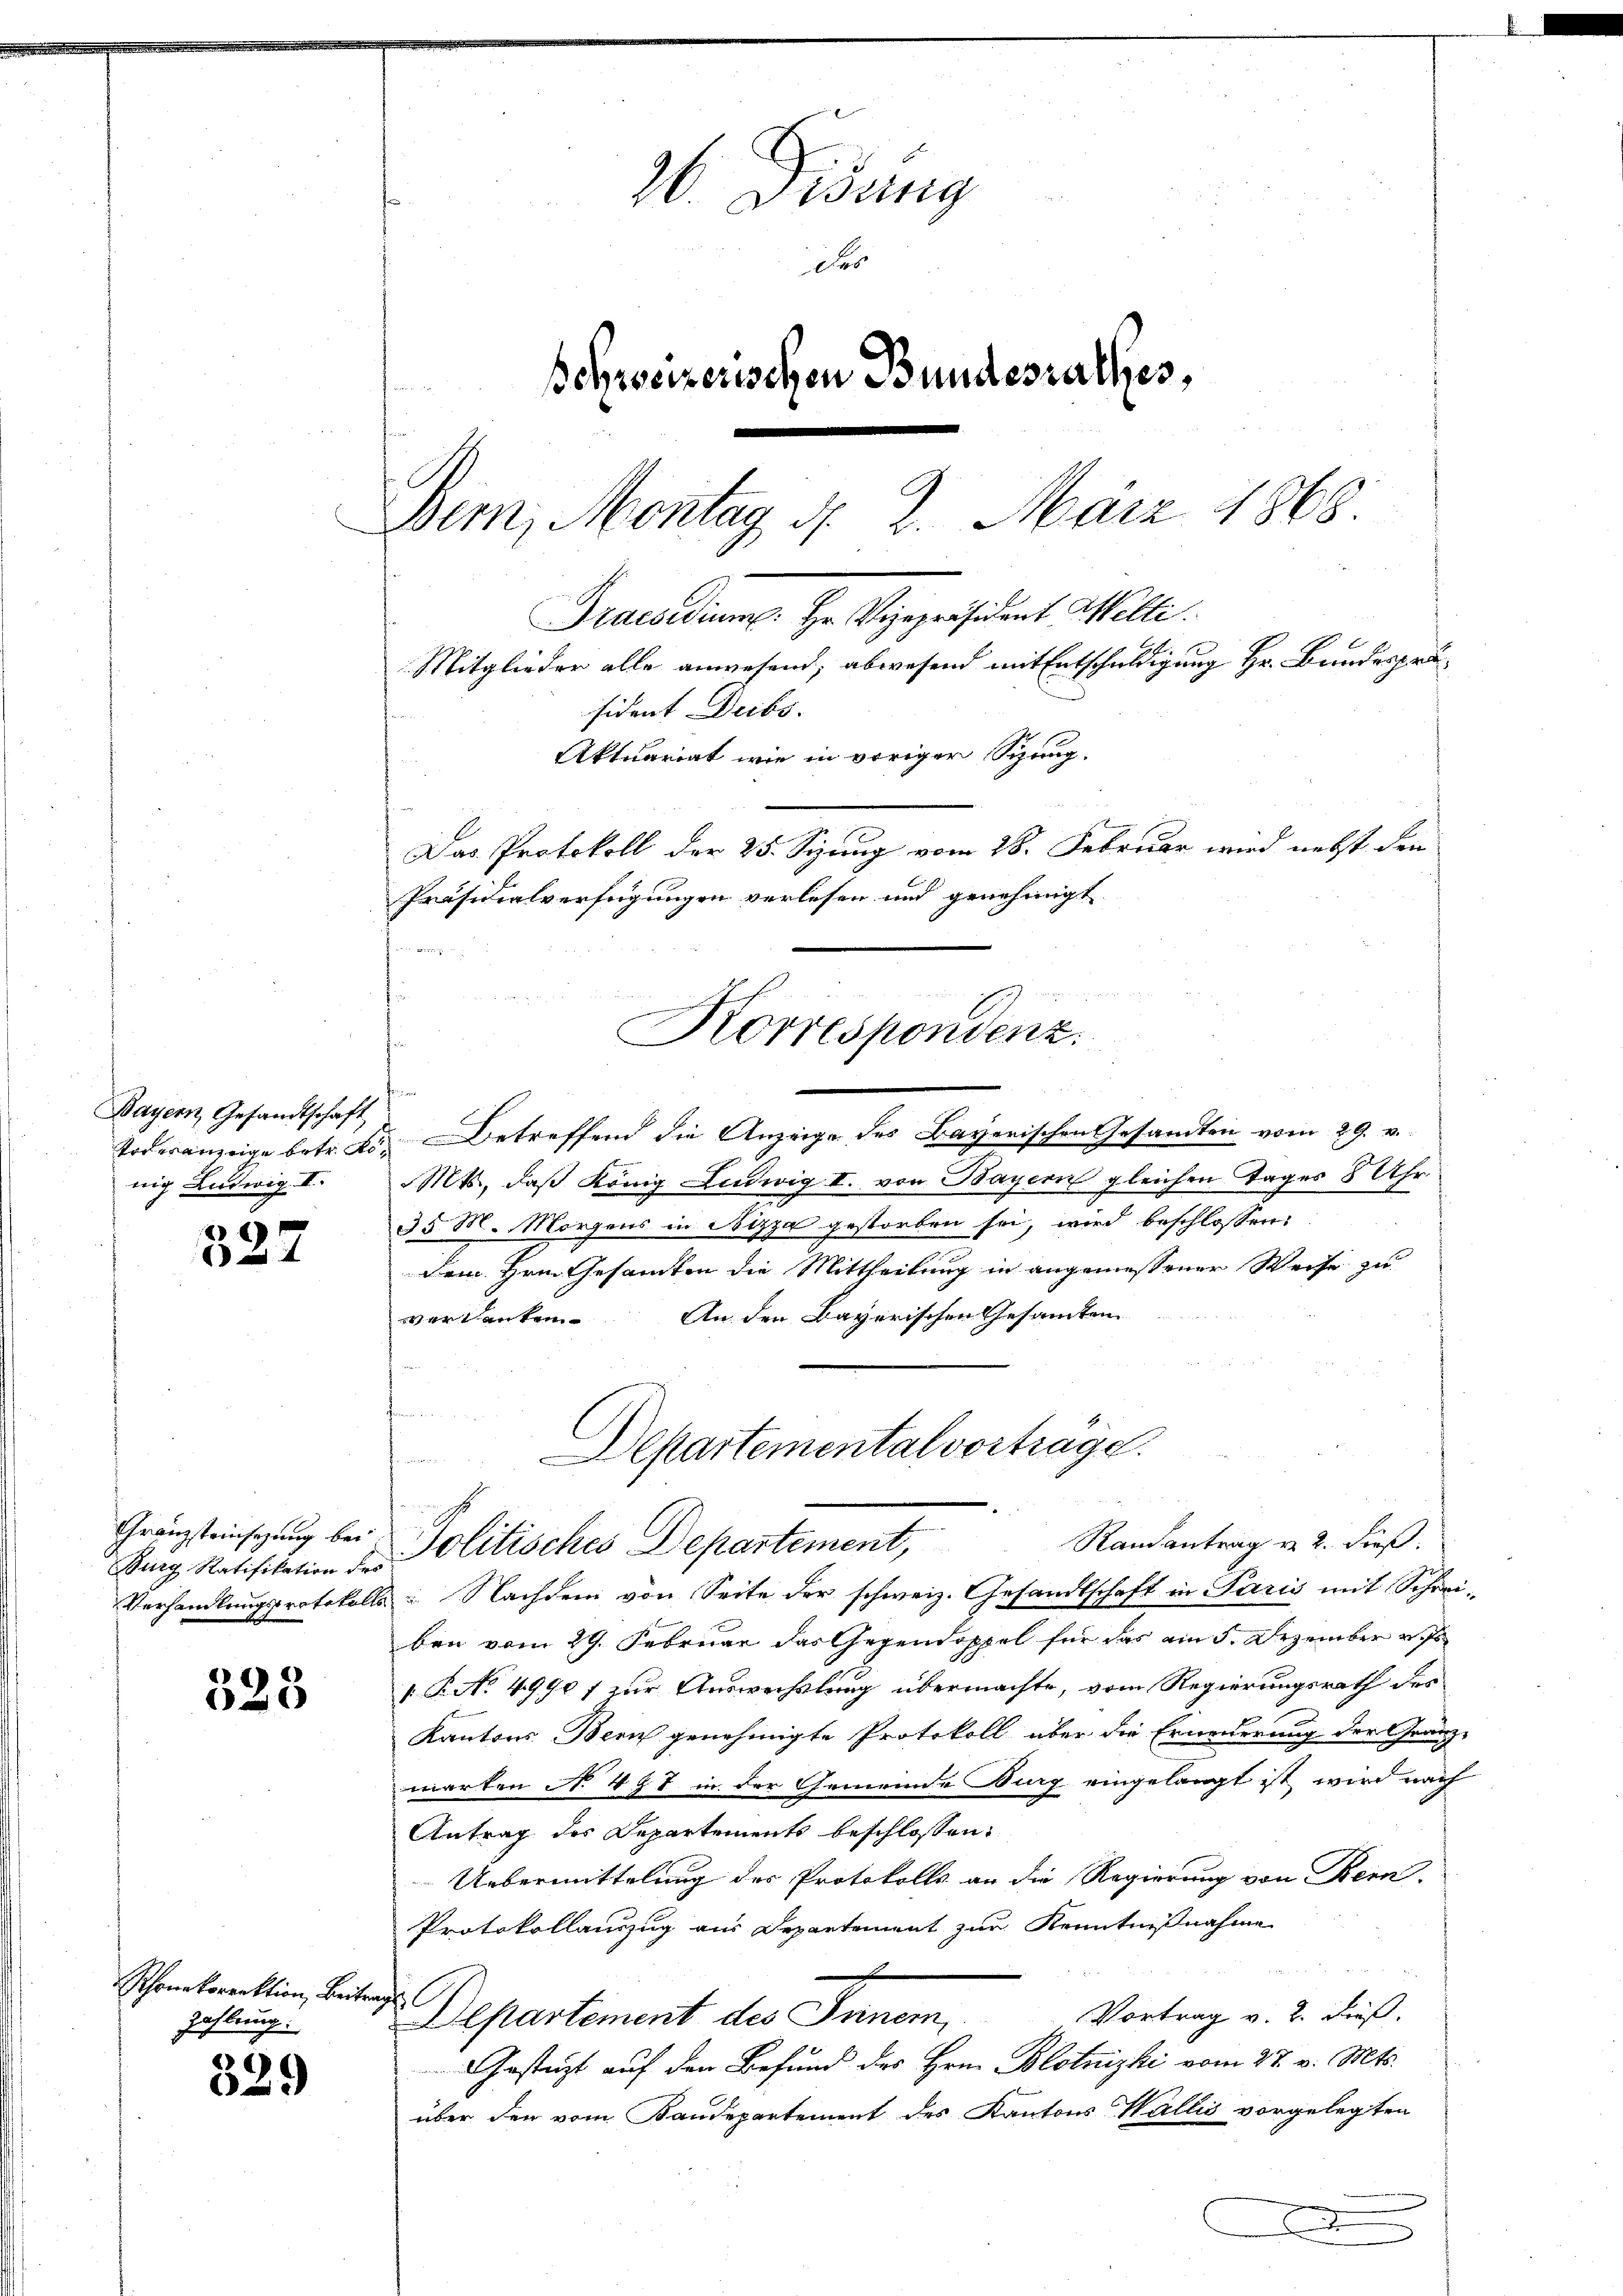
322

538

329

26. Fidung
Des
Schweizerischen Bundeszalles,
Dem, Montag, d. 2. März 1868
Praesidium: Hr. Vizepräsident Welti.
Mitglieder alle anwesend, abwesend mit Entschuldigung Hr. Bundespräsident Decbr.
Aktuariat wie in voriger Sitzung.
Das Protokoll der 25. Siung vom 28. Februar wird nebst den
Präsidialverfügungen verlesen und genehmigt

Bayern, Gesandtschaft
nig Ludwig II.

ug Ratifikation des

Phonkorrektion, Beitrag
Zahlung.

g
Korrespondenz.

Departemental vortrage.
fo unser
Gränzteinsezung bei Politisches Departement,
Randantrag v. 2. dieß.

Todesanzeige betr. K. Betreffend die Anzeige des Bayerischen Gesandten vom 29. v.
Mts., daß König Ludwig II. von Bayern gleichen Tages 8 Uhr.
35 M. Morgens in Nizza gestorben sei, wird beschlossen:
dem Hrn. Gesamten die Mittheilung in angemessener Weise zu
An den Bayerischen Gesamten
vertanten

Verhandlungsprotokolls Nachdem von Seite der schweiz. Gesandtschaft in Paris mit Schreiben vom 29. Februar das Gegendoppel für das am 5. Dezember v
 P. No 4990 f zur Auswechslung übermachte, vom Regierungsrath des
Kantons Bern genehmigte Protokoll über die Erneuerung der Gränz-
marten No. 497 in der Gemeinde Burg eingelangt ist wird nach
Antrag des Departements beschlossen:
Uebermittelung des Protokolls an die Regierung von Bern.
Protokollauszug aus Departement zur Kenntnißnahme
Vortrag v. 2. dieß,
Departement des Inner,
Gesteigt auf den Befund des Hrn. Blotnizki vom 27. v. Mts.
über den vom Baudepartement des Kantons Wallis vorgelegten
A